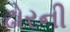
ઢોરની